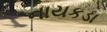
નાયકડા